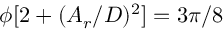
\phi [ 2 + ( A _ { r } / D ) ^ { 2 } ] = 3 \pi / 8